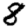
Digit: 8